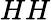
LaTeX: HH